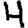
Digit: 4